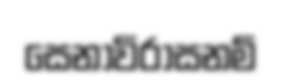
සෙනාවිරාසනම්